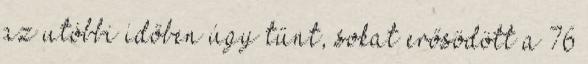
az utóbbi időben úgy tűnt, sokat erősödött a 76